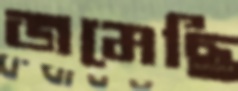
জমেছি